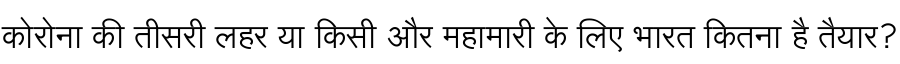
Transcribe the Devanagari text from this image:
कोरोना की तीसरी लहर या किसी और महामारी के लिए भारत कितना है तैयार?